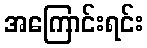
အကြောင်းရင်း